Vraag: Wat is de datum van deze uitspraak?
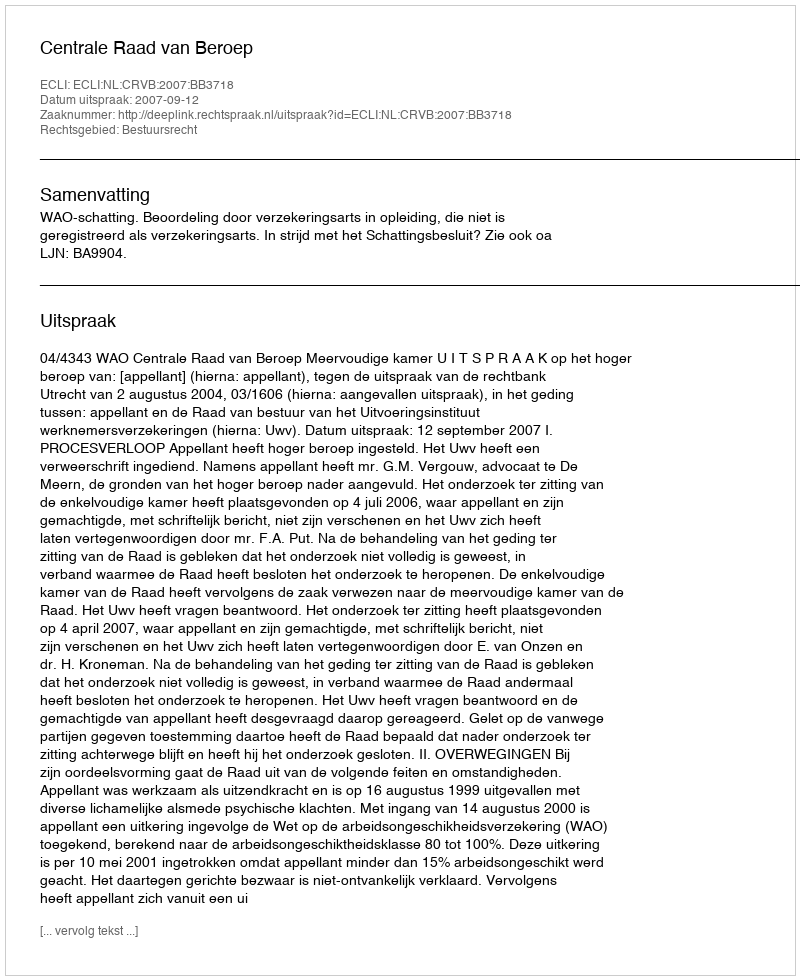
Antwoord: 2007-09-12